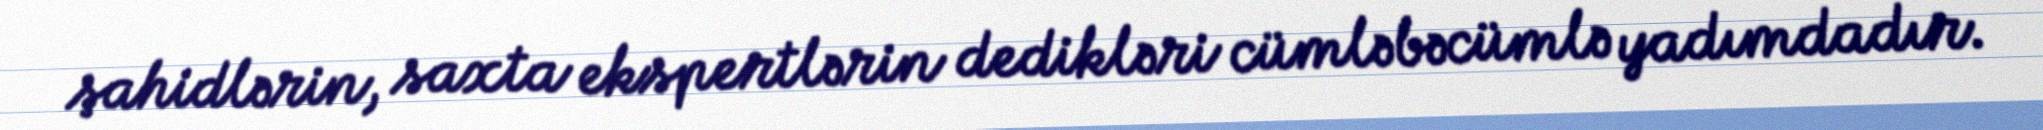
şahidlərin, saxta ekspertlərin dedikləri cümləbəcümlə yadımdadır.